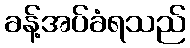
ခန့်အပ်ခံရသည်